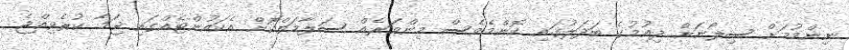
ނިންމުމަށް ސިލޯނަށް ދިއުމުގެ ބަދަލުގައި ކޮންމެވެސް މިންވަރެއް ސަލާމަތްކޮށް އެކައުންޓެއްގައި ޖަމާ ކުރެވިއްޖެ